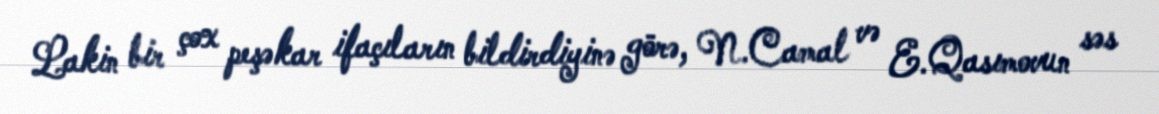
Lakin bir çox peşəkar ifaçıların bildirdiyinə görə, N.Camal və E.Qasımovun səs